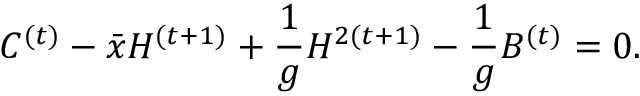
C ^ { ( t ) } - \bar { x } H ^ { ( t + 1 ) } + \frac { 1 } { g } H ^ { 2 ( t + 1 ) } - \frac { 1 } { g } B ^ { ( t ) } = 0 .